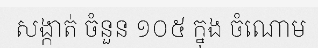
សង្កាត់ ចំនួន ១០៥ ក្នុង ចំណោម